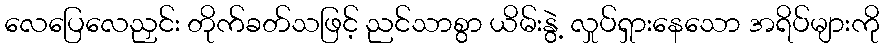
လေပြေလေညှင်း တိုက်ခတ်သဖြင့် ညင်သာစွာ ယိမ်းနွဲ့ လှုပ်ရှားနေသော အရိပ်များကို